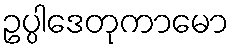
ဥပ္ပါဒေတုကာမော